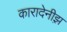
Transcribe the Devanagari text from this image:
कारादेनीझ़